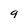
Character: 9